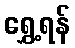
ရွှေ့ရန်